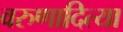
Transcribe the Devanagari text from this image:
वरुणादित्या